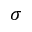
\sigma